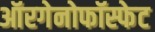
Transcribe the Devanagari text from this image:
ऑरगेनोफॉस्फेट